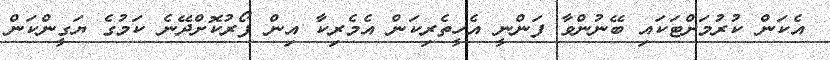
އެކަން ކުރުމަށްޓަކައި ބޭނުންވާ ފަންނީ އެހީތެރިކަން އެމެރިކާ އިން ފޯރުކޮށްދޭނެ ކަމުގެ ޔަގީންކަން